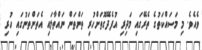
ވެއެވެ. މި މަސައްކަތުގެ ތެރޭގައި މަދިރި އުފެދޭގޮތަށްހުރި ތަންތަން ނައްތާލައި އެތަންތަނުގައި ހުރި